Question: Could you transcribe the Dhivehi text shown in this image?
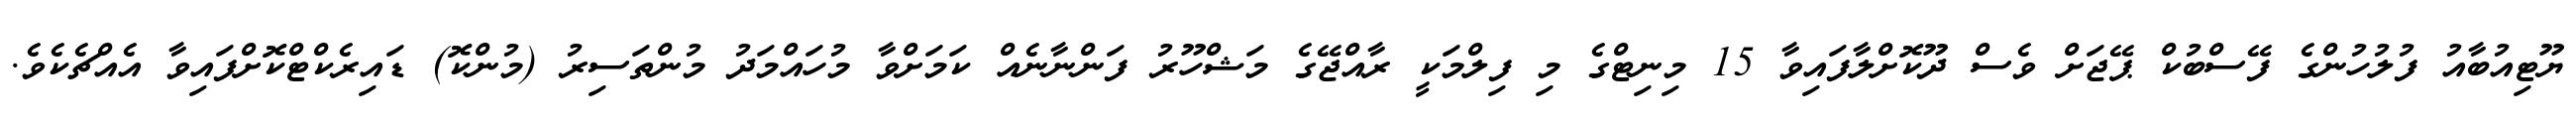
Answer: ޔޫޓިއުބާއު ފުލުހުންގެ ފޭސްބުކް ޕޭޖަށް ވެސް ދޫކޮށްލާފައިވާ 15 މިނިޓްގެ މި ފިލްމަކީ ރާއްޖޭގެ މަޝްހޫރު ފަންނާނެއް ކަމަށްވާ މުހައްމަދު މުންތަސިރު (މުންކޮ) ޑައިރެކްޓްކޮށްފައިވާ އެއްޗެކެވެ.